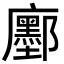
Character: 𢌅